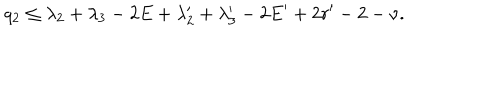
q _ { 2 } \le \lambda _ { 2 } + \lambda _ { 3 } - 2 E + \lambda _ { 2 } ^ { \prime } + \lambda _ { 3 } ^ { \prime } - 2 E ^ { \prime } + 2 r ^ { \prime } - 2 - \nu .